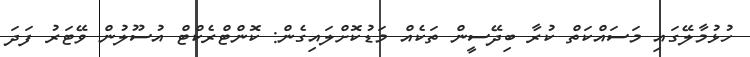
ހުޅުމާލޭގައި މަސައްކަތް ކުރާ ބިދޭސީން ތަކެއް މަޑުކޮށްލައިގެން: ކޮންޓްރެކްޓް އުސޫލުން ވޭޓަރު ފަދަ